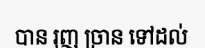
បាន រុញ ច្រាន ទៅដល់